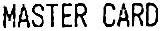
MASTER CARD